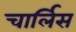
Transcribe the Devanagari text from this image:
चार्लिस